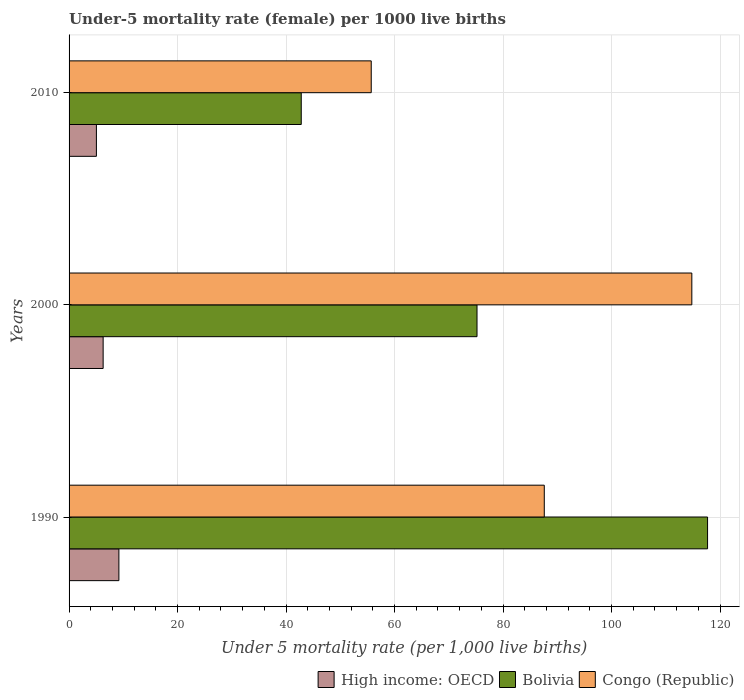
| Years | High income: OECD | Bolivia | Congo (Republic) |
 | --- | --- | --- | --- |
 | 1990 | 9.18 | 118 | 87.6 |
 | 2000 | 6.28 | 75.2 | 115 |
 | 2010 | 5.04 | 42.8 | 55.7 |